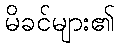
မိခင်များ၏